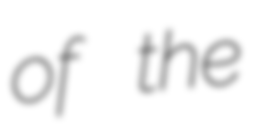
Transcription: of the